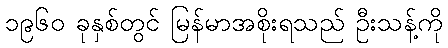
၁၉၆၀ ခုနှစ်တွင် မြန်မာအစိုးရသည် ဦးသန့်ကို